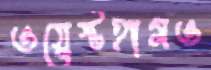
ওয়েস্টহামও